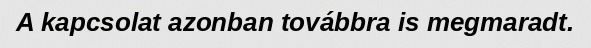
A kapcsolat azonban továbbra is megmaradt.